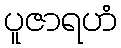
ပူဇာရဟံ